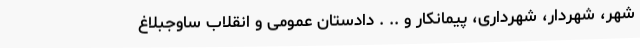
شهر، شهردار، شهرداری، پیمانکار و .. . دادستان عمومی و انقلاب ساوجبلاغ